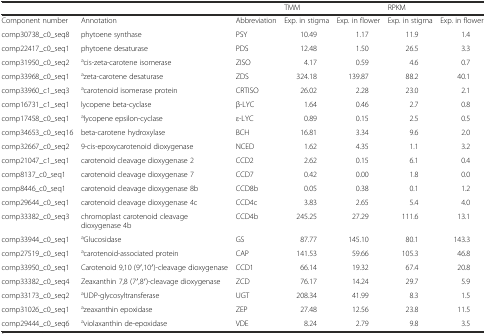
<table><thead><tr><td colspan="3"></td><td colspan="2"><b>TMM</b></td><td colspan="2"><b>RPKM</b></td></tr></thead><tbody><tr><td>Component number</td><td>Annotation</td><td>Abbreviation</td><td>Exp. in stigma</td><td>Exp. in flower</td><td>Exp. in stigma</td><td>Exp. in flower</td></tr><tr><td>comp30738_c0_seq8</td><td>phytoene synthase</td><td>PSY</td><td>10.49</td><td>1.17</td><td>11.9</td><td>1.4</td></tr><tr><td>comp22417_c0_seq1</td><td>phytoene desaturase</td><td>PDS</td><td>12.48</td><td>1.50</td><td>26.5</td><td>3.3</td></tr><tr><td>comp31950_c0_seq2</td><td><sup>a</sup>cis-zeta-carotene isomerase</td><td>ZISO</td><td>4.17</td><td>0.59</td><td>4.6</td><td>0.7</td></tr><tr><td>comp33968_c0_seq1</td><td><sup>a</sup>zeta-carotene desaturase</td><td>ZDS</td><td>324.18</td><td>139.87</td><td>88.2</td><td>40.1</td></tr><tr><td>comp33960_c1_seq3</td><td><sup>a</sup>carotenoid isomerase protein</td><td>CRTISO</td><td>26.02</td><td>2.28</td><td>23.0</td><td>2.1</td></tr><tr><td>comp16731_c1_seq1</td><td>lycopene beta-cyclase</td><td>β-LYC</td><td>1.64</td><td>0.46</td><td>2.7</td><td>0.8</td></tr><tr><td>comp17458_c0_seq1</td><td><sup>a</sup>lycopene epsilon-cyclase</td><td>ε-LYC</td><td>0.89</td><td>0.15</td><td>2.5</td><td>0.5</td></tr><tr><td>comp34653_c0_seq16</td><td>beta-carotene hydroxylase</td><td>BCH</td><td>16.81</td><td>3.34</td><td>9.6</td><td>2.0</td></tr><tr><td>comp32667_c0_seq2</td><td>9-cis-epoxycarotenoid dioxygenase</td><td>NCED</td><td>1.62</td><td>4.35</td><td>1.1</td><td>3.2</td></tr><tr><td>comp21047_c1_seq1</td><td>carotenoid cleavage dioxygenase 2</td><td>CCD2</td><td>2.62</td><td>0.15</td><td>6.1</td><td>0.4</td></tr><tr><td>comp8137_c0_seq1</td><td>carotenoid cleavage dioxygenase 7</td><td>CCD7</td><td>0.42</td><td>0.00</td><td>1.8</td><td>0.0</td></tr><tr><td>comp8446_c0_seq1</td><td>carotenoid cleavage dioxygenase 8b</td><td>CCD8b</td><td>0.05</td><td>0.38</td><td>0.1</td><td>1.2</td></tr><tr><td>comp29644_c0_seq1</td><td>carotenoid cleavage dioxygenase 4c</td><td>CCD4c</td><td>3.83</td><td>2.65</td><td>5.4</td><td>4.0</td></tr><tr><td>comp33382_c0_seq3</td><td>chromoplast carotenoid cleavage dioxygenase 4b</td><td>CCD4b</td><td>245.25</td><td>27.29</td><td>111.6</td><td>13.1</td></tr><tr><td>comp33944_c0_seq1</td><td><sup>a</sup>Glucosidase</td><td>GS</td><td>87.77</td><td>145.10</td><td>80.1</td><td>143.3</td></tr><tr><td>comp27519_c0_seq1</td><td><sup>a</sup>carotenoid-associated protein</td><td>CAP</td><td>141.53</td><td>59.66</td><td>105.3</td><td>46.8</td></tr><tr><td>comp33950_c0_seq1</td><td>Carotenoid 9,10 (9′,10′)-cleavage dioxygenase</td><td>CCD1</td><td>66.14</td><td>19.32</td><td>67.4</td><td>20.8</td></tr><tr><td>comp33382_c0_seq4</td><td>Zeaxanthin 7,8 (7′,8′)-cleavage dioxygenase</td><td>ZCD</td><td>76.17</td><td>14.24</td><td>29.7</td><td>5.9</td></tr><tr><td>comp33173_c0_seq2</td><td><sup>a</sup>UDP-glycosyltransferase</td><td>UGT</td><td>208.34</td><td>41.99</td><td>8.3</td><td>1.5</td></tr><tr><td>comp31026_c0_seq1</td><td><sup>a</sup>zeaxanthin epoxidase</td><td>ZEP</td><td>27.48</td><td>12.56</td><td>23.8</td><td>11.5</td></tr><tr><td>comp29444_c0_seq6</td><td><sup>a</sup>violaxanthin de-epoxidase</td><td>VDE</td><td>8.24</td><td>2.79</td><td>9.8</td><td>3.5</td></tr></tbody></table>